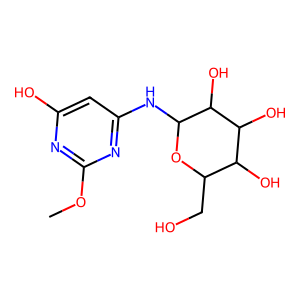
SMILES: COc1nc(O)cc(NC2OC(CO)C(O)C(O)C2O)n1
Inhibits HIV replication: No